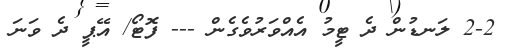
2-2 ލަނޑުން ދެ ޓީމު އެއްވަރުވެގެން --- ފޮޓޯ/ އޭޕީ ދެ ވަނަ